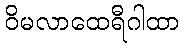
ဝိမလာထေရီဂါထာ